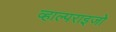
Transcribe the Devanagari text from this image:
व्हाल्पराइजो